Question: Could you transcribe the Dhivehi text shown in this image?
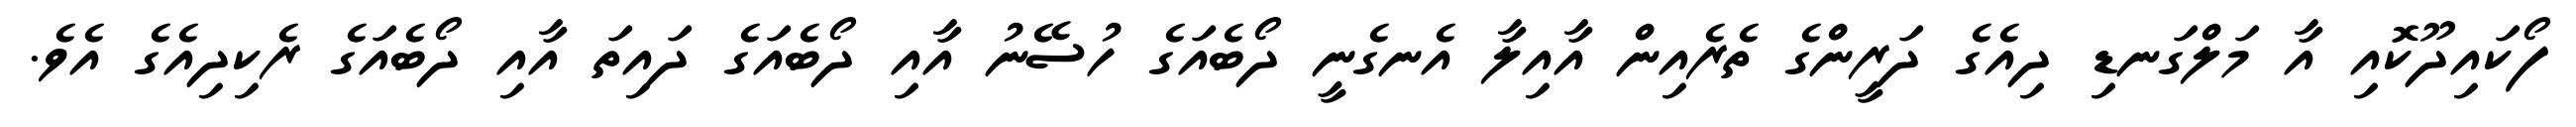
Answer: ފޯކައިދޫކޮއި އާ މަލްގަނޑި ދިއެގެ ދަރީންގެ ތެރެއިން އާއިލާ އެނގެނީ ދޯބެއަގެ ހުސޭނު އާއި ދޯބެއަގެ ދައިތަ އާއި ދޯބެއަގެ ރެކިދިއެގެ އެވެ.